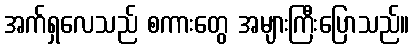
အက်ရှလေသည် စကားတွေ အများကြီးပြောသည်။